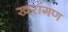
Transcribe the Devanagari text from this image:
खरांगण